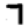
Digit: 7